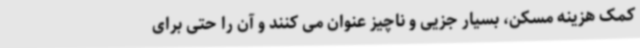
کمک هزینه مسکن، بسیار جزیی و ناچیز عنوان می کنند و آن را حتی برای